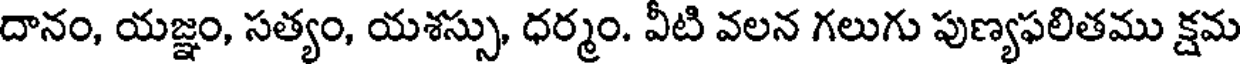
దానం, యజ్ఞం, సత్యం, యశస్సు, ధర్మం. వీటి వలన గలుగు పుణ్యఫలితము క్షమ